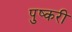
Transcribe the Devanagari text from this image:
पुष्करी